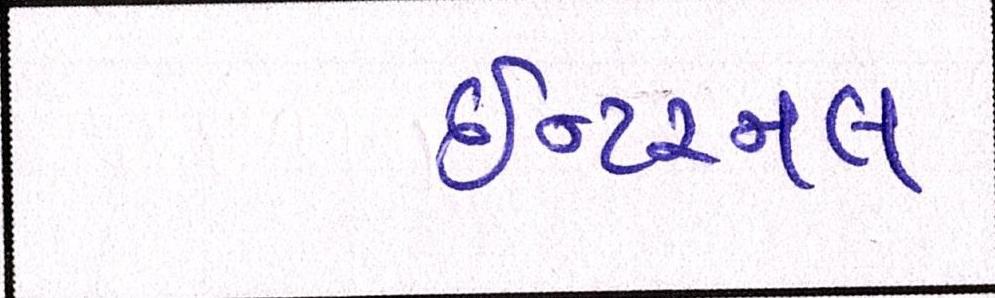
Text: ઇન્ટરનલ